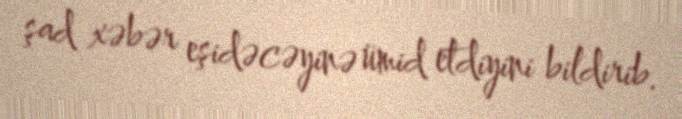
şad xəbər eşidəcəyinə ümid etdiyini bildirib.